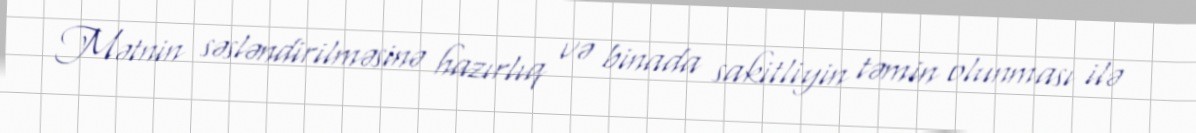
Mətnin səsləndirilməsinə hazırlıq və binada sakitliyin təmin olunması ilə